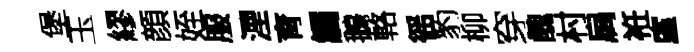
堡玉繆顔姪服湮育觸鵝輅徭豹柳穿醜村扃袵廑